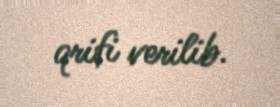
qrifi verilib.